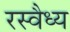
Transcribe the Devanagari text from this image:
रस्वैध्य